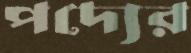
পদ্যের